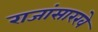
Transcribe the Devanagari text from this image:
राजांसारखे